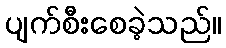
ပျက်စီးစေခဲ့သည်။